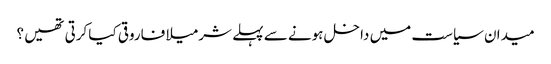
میدان سیاست میں داخل ہونے سے پہلے شرمیلا فاروقی کیا کرتی تھیں ؟